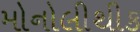
મોનોલીથીક